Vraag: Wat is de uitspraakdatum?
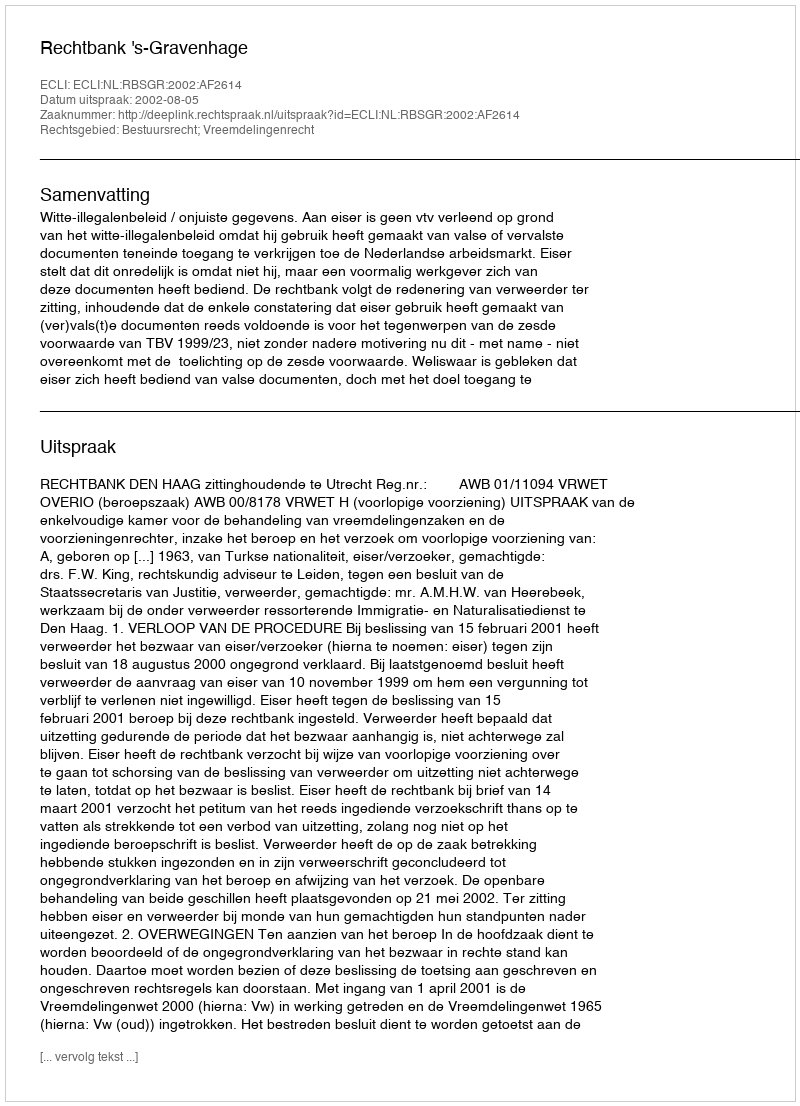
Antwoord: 2002-08-05